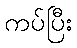
ကပ်ပြီး